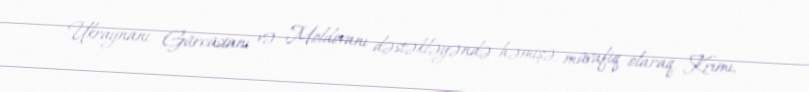
Ukraynanı, Gürcüstanı və Moldovanı dəstəkləyəndə həmişə, müvafiq olaraq, Krımı,